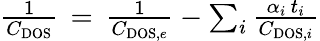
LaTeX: \begin{array}{r}{\frac{1}{C_{\mathrm{DOS}}}\, =\, \frac{1}{C_{\mathrm{DOS},e}}-\sum_{i}\frac{\alpha_{i}\, t_{i}}{C_{\mathrm{DOS},i}}}\end{array}